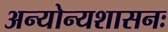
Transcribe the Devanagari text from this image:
अन्योन्यशासनः